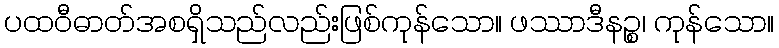
ပထဝီဓာတ်အစရှိသည်လည်းဖြစ်ကုန်သော။ ဖဿာဒီနဉ္စ၊ ကုန်သော။